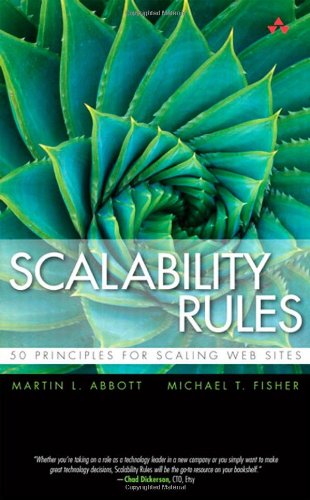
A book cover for Scalability Rules: 50 Principles for Scaling Web Sites; Martin L. Abbott; Computers & Technology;